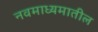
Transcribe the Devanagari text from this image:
नवमाध्यमातील